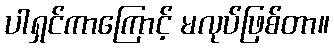
ပါရှင်ကာကြောင့် မလုပ်ဖြစ်တာ။